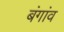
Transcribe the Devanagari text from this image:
बंगांव